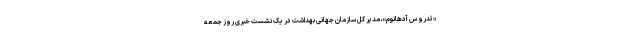
«تدروس آدهانوم»، مدیر کل سازمان جهانی بهداشت در یک نشست خبری روز جمعه